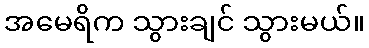
အမေရိက သွားချင် သွားမယ်။